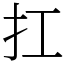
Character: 扛